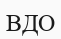
ВДО